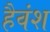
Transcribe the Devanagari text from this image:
हैवंश